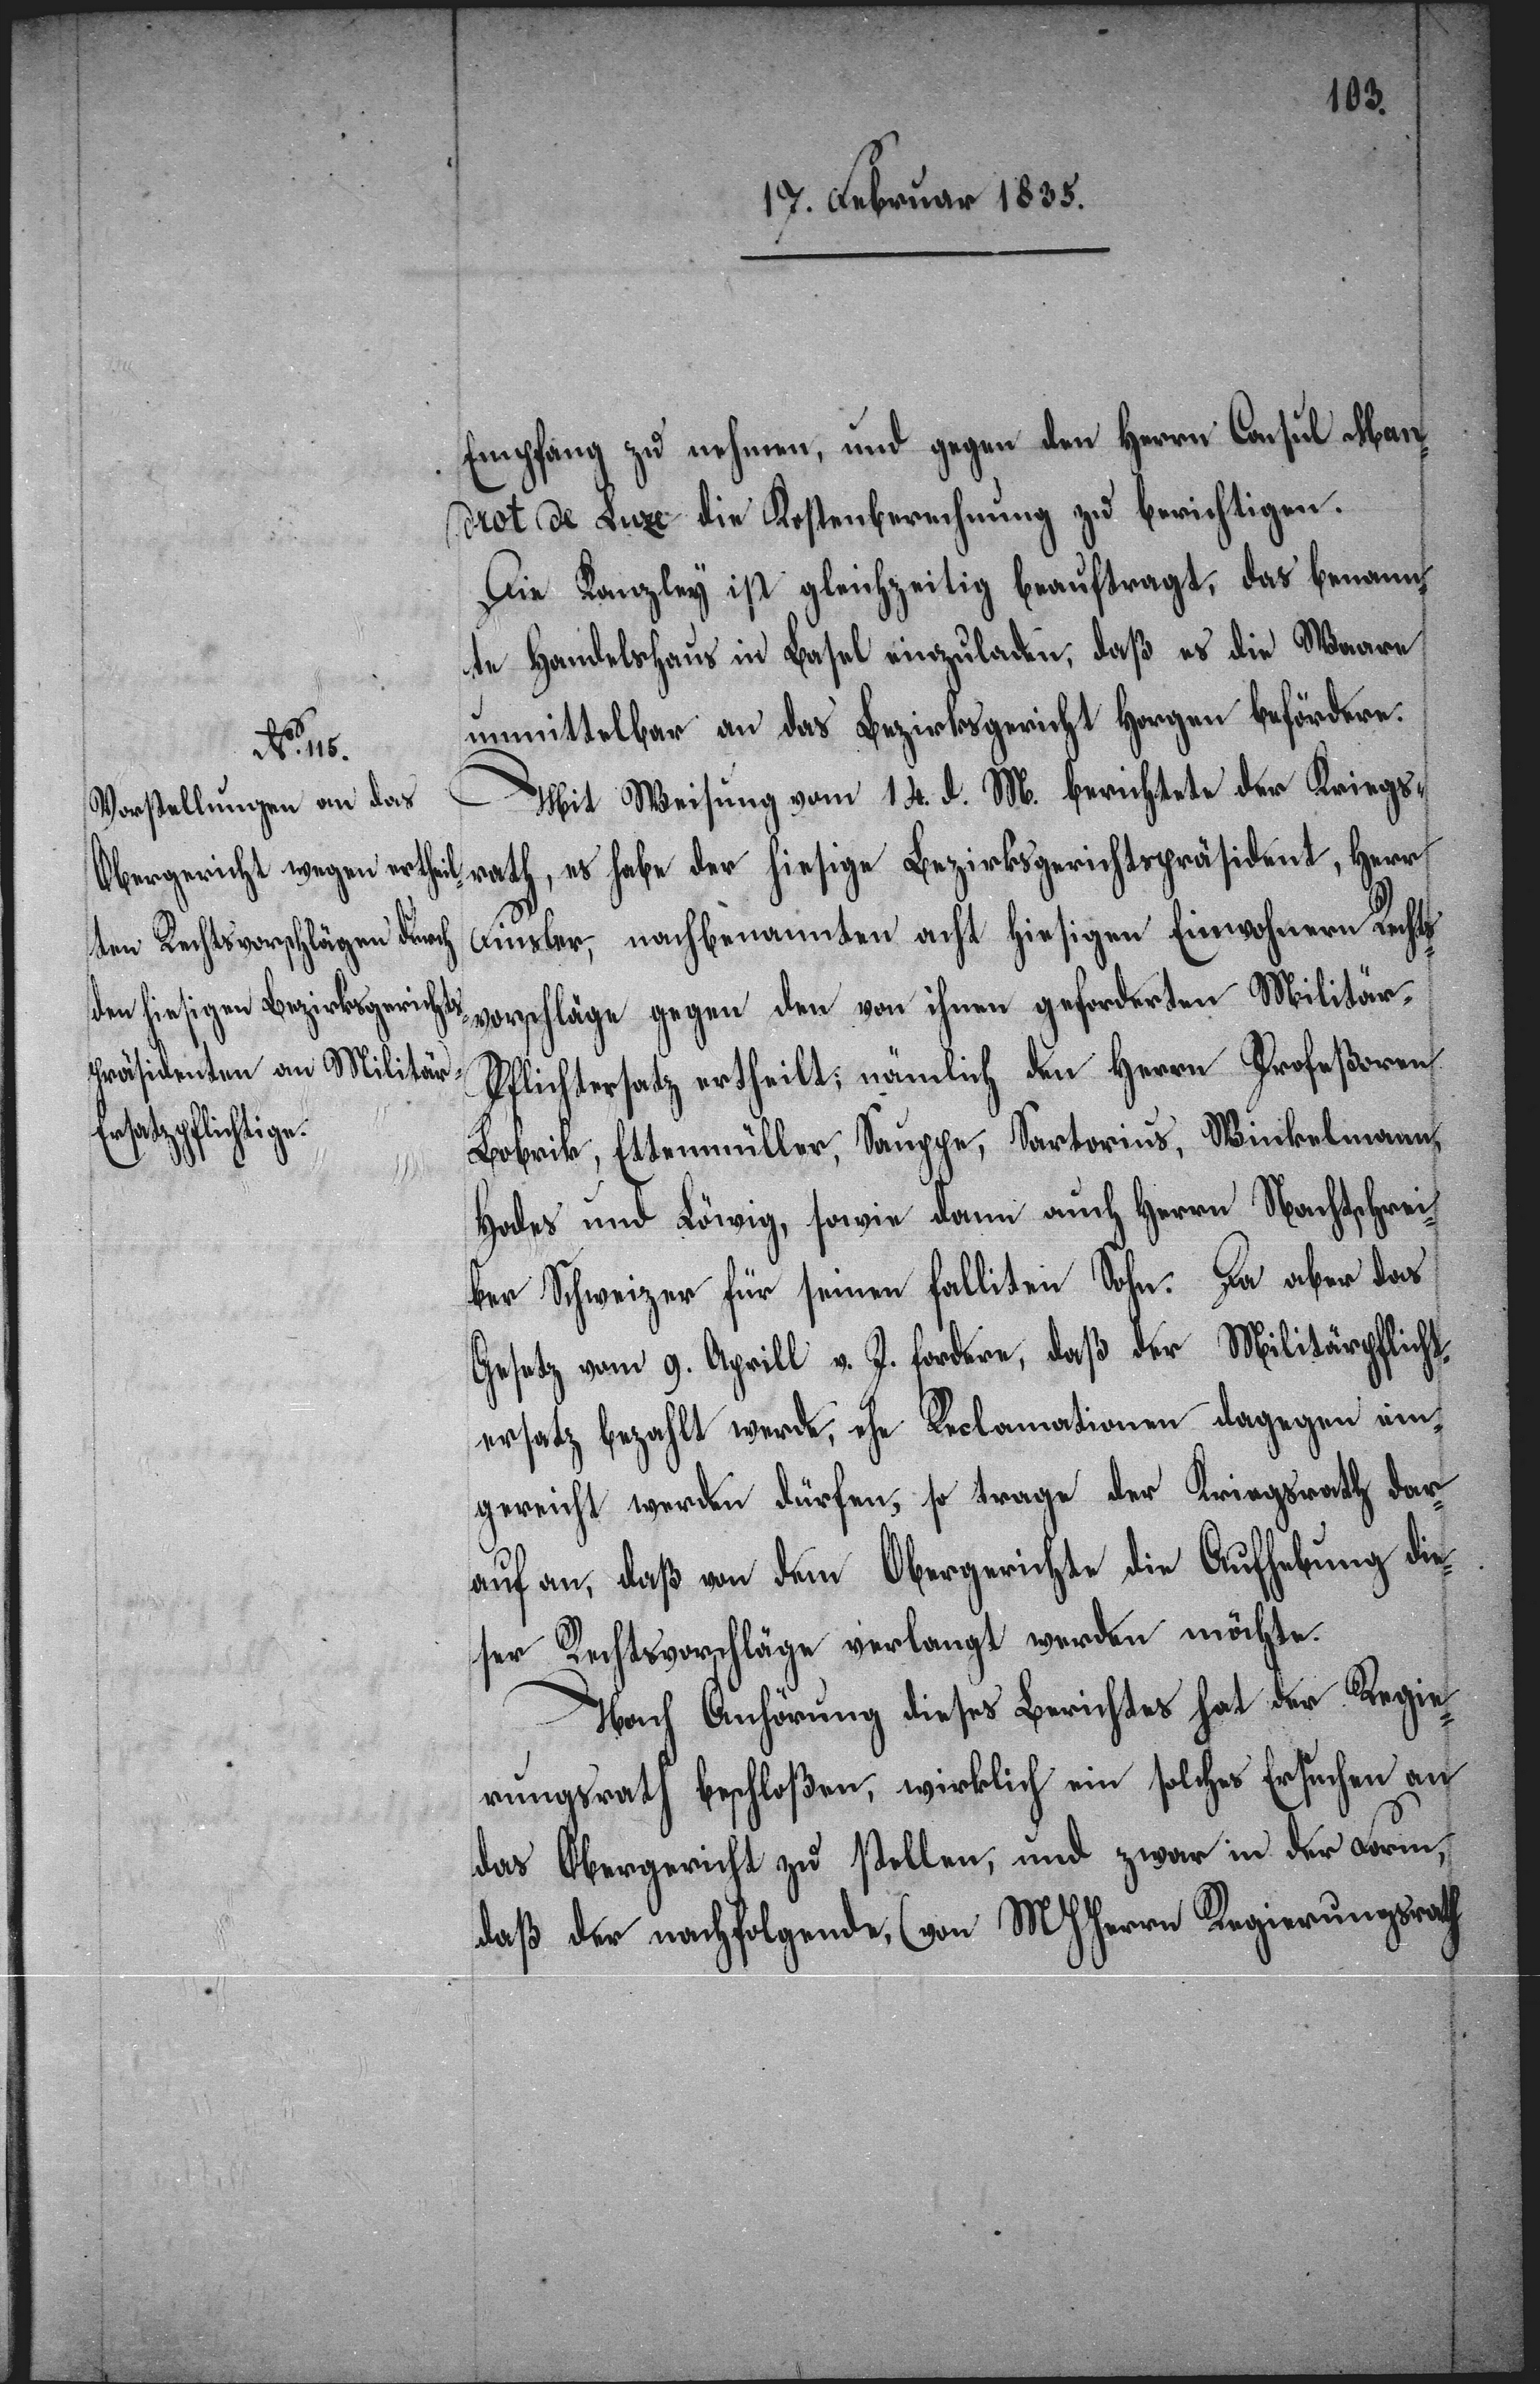
Empfang zu nehmen, und gegen den Herrn Consul Man¬
drot de Luze die Kostenberechnung zu berichtigen.
Die Kanzley ist gleichzeitig beauftragt, das benann¬
te Handelshaus in Basel einzuladen, daß es die Waare
unmittelbar an das Bezirksgericht Horgen befördere.
Mit Weisung vom 14. d. M. berichtete der Kriegs¬
rath, es habe der hiesige Bezirkspräsident, Herr
Finsler, nachbenannten acht hiesigen Einwohnern Rechts¬
vorschläge gegen den von ihnen geforderten Militär-P¬
flichtersatz ertheilt; nämlich den Herrn Profeßoren
Bobrik, Ettenmüller, Sauppe, Sartorius, Winkelmann,
Hodes und Löwig, sowie dann Herrn Nachtschrei¬
ber Schweizer für seinen falliten Sohn. Da aber das
Gesetz vom 9. Aprill v. J. fordere, daß der Militärpflicht¬
ersatz bezahlt werde, ehe Reclamationen dagegen ein¬
gereicht werden dürfen, so trage der Kriegsrath dar¬
auf an, daß von dem Obergerichte die Aufhebung die¬
ser Rechtsvorschläge verlangt werden möchte.
Nach Anhörung dieses Berichtes hat der Regie¬
rungsrath beschloßen, wirklich ein solches Ersuchen an
das Obergericht zu stellen, und zwar in der Form,
daß der nachfolgende, (von MHHerrn Regierungsrath